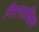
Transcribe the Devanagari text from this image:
निरपराधित्व